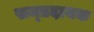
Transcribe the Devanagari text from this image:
सम्‍प्रदायक